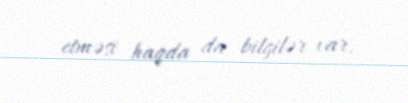
etməsi haqda da bilgilər var.